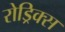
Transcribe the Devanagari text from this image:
रोड्रिक्स